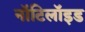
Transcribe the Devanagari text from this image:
नॉटिलॉइड